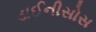
ડાઈનીસોસ